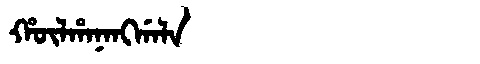
Manchu: ᡥᡡᠯᡥᠠᠨᠠᠩᡤᠠᠯᠠ
Romanization: HŪLHANANGGALA